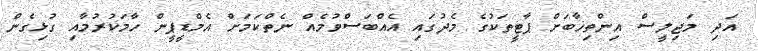
އަދި މަޖިލީސް އިންތިޚާބަށް ޕާޓީތަކުގެ މެދުގައި އެއްބަސްވުމެއް ނެތްކަމަށް އެމްޑީޕީން ހާމަކުރުމާއި ގުޅިގެން